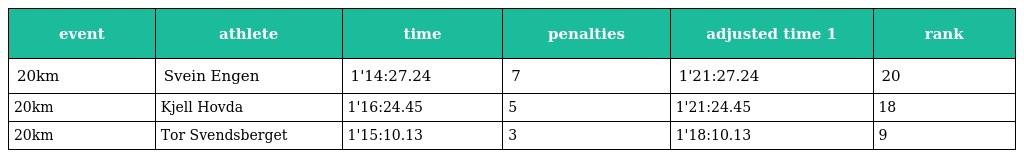
| event | athlete | time | penalties | adjusted time 1 | rank |
 | --- | --- | --- | --- | --- | --- |
 | 20km | Svein Engen | 1'14:27.24 | 7 | 1'21:27.24 | 20 |
 | 20km | Kjell Hovda | 1'16:24.45 | 5 | 1'21:24.45 | 18 |
 | 20km | Tor Svendsberget | 1'15:10.13 | 3 | 1'18:10.13 | 9 |